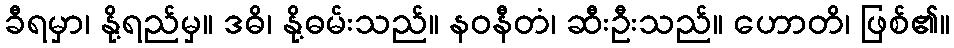
ခီရမှာ၊ နို့ရည်မှ။ ဒဓိ၊ နို့ဓမ်းသည်။ နဝနီတံ၊ ဆီးဦးသည်။ ဟောတိ၊ ဖြစ်၏။